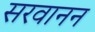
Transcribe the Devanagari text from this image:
सरवानन